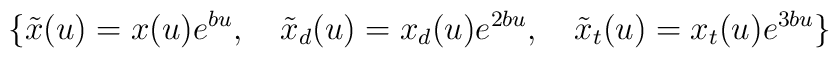
\{ \tilde{x}(u)=x(u)e^{bu},\quad   \tilde{x}_d(u)=x_d(u)e^{2bu},\quad    \tilde{x}_t(u)=x_t(u)e^{3bu}\}